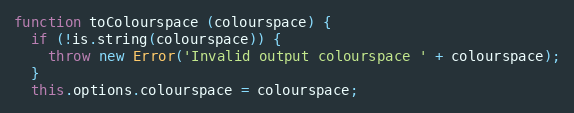
Language: JavaScript
function toColourspace (colourspace) {
  if (!is.string(colourspace)) {
    throw new Error('Invalid output colourspace ' + colourspace);
  }
  this.options.colourspace = colourspace;